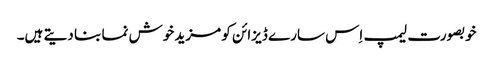
خوبصورت لیمپ اِس سارے ڈیزائن کو مزید خوش نما بنا دیتے ہیں۔